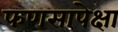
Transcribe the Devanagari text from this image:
फणसापेक्षा